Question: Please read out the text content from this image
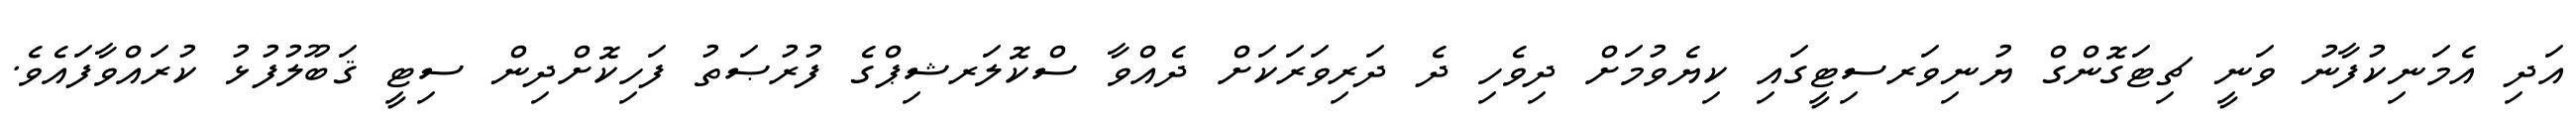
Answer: އަދި އެމަނިކުފާނު ވަނީ ޗިޓަގޮންގް ޔުނިވަރސިޓީގައި ކިޔެވުމަށް ދިވެހި ދެ ދަރިވަރަކަށް ދެއްވާ ސްކޮލަރޝިޕްގެ ފުރުޞަތު ފަހިކޮށްދިން ސިޓީ ޤަބޫލުފުޅު ކުރައްވާފައެވެ.